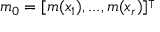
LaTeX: m _ { 0 } = [ m ( x _ { 1 } ) , . . . , m ( x _ { r } ) ] ^ { \intercal }